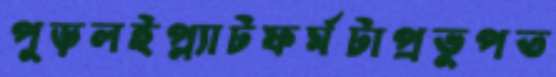
পুড়লইপ্ল্যাটফর্মটাপ্রভুপত